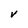
Character: V